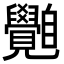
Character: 𦤲